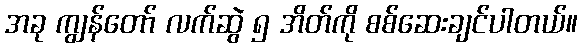
အခု ကျွန်တော် လက်ဆွဲ ၅ အိတ်ကို စစ်ဆေးချင်ပါတယ်။